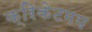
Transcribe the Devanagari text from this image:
क्रिकेटमय